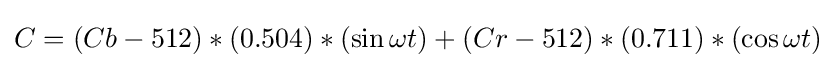
C=(Cb-512)*(0.504)*(\sin \omega t)+(Cr-512)*(0.711)*(\cos \omega t)